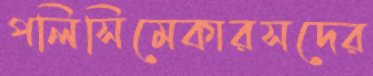
পলিসিমেকারসদের